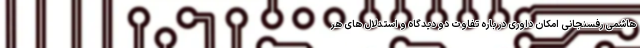
هاشمی رفسنجانی امکان داوری در باره تفاوت دو دیدگاه و استدلال های هر